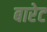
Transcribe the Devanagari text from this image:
बारेट